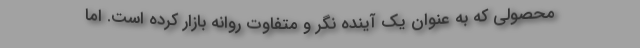
محصولی که به عنوان یک آینده نگر و متفاوت روانه بازار کرده است. اما